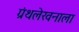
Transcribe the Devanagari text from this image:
ग्रंथलेखनाला